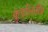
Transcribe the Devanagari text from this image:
कुंडलिनीय